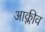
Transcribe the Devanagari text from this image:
आक्लीव